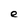
Character: e